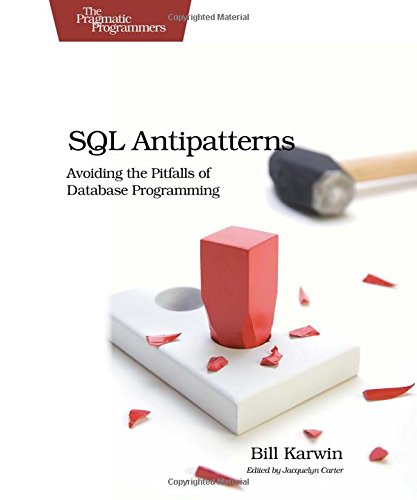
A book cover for SQL Antipatterns: Avoiding the Pitfalls of Database Programming (Pragmatic Programmers); Bill Karwin; Computers & Technology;